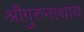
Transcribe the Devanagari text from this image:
श्रीगुरुनाथाय